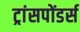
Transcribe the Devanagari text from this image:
ट्रांसपोंडर्स